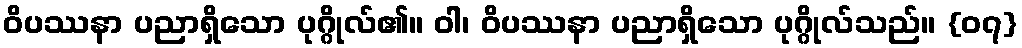
ဝိပဿနာ ပညာရှိသော ပုဂ္ဂိုလ်၏။ ဝါ၊ ဝိပဿနာ ပညာရှိသော ပုဂ္ဂိုလ်သည်။ {၀၇}